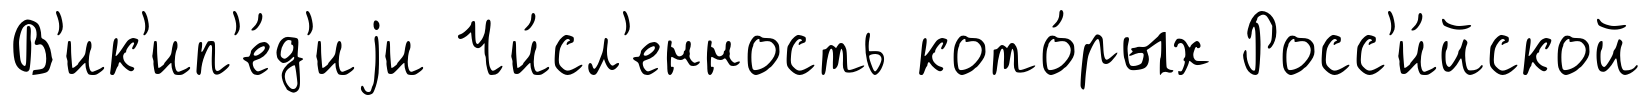
В'ик'ип'е́д'иjи Чи́сл'енность кото́рых Росс'и́йской